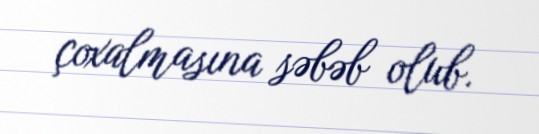
çoxalmasına səbəb olub.